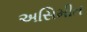
અસિમીત